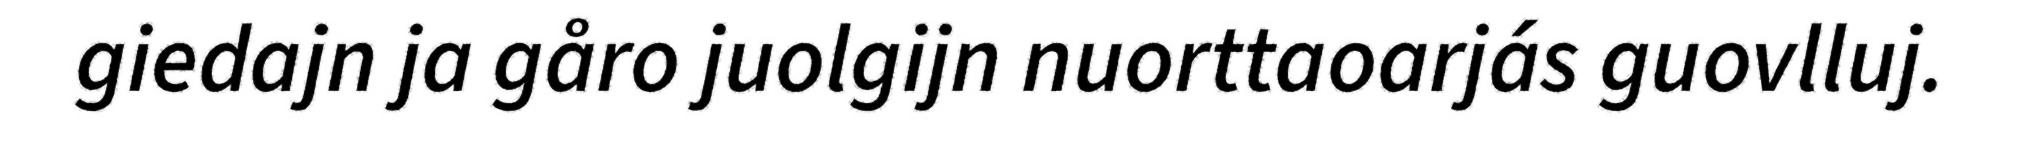
giedajn ja gåro juolgijn nuorttaoarjás guovlluj.